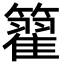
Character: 籊